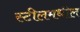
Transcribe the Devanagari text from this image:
स्टीलमधील